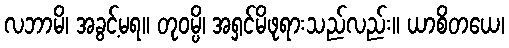
လဘာမိ၊ အခွင့်မရ။ တုဝမ္ပိ၊ အရှင်မိဖုရားသည်လည်း။ ယာစိတယေ၊